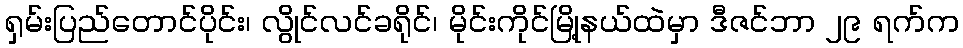
ရှမ်းပြည်တောင်ပိုင်း၊ လွိုင်လင်ခရိုင်၊ မိုင်းကိုင်မြို့နယ်ထဲမှာ ဒီဇင်ဘာ ၂၉ ရက်က